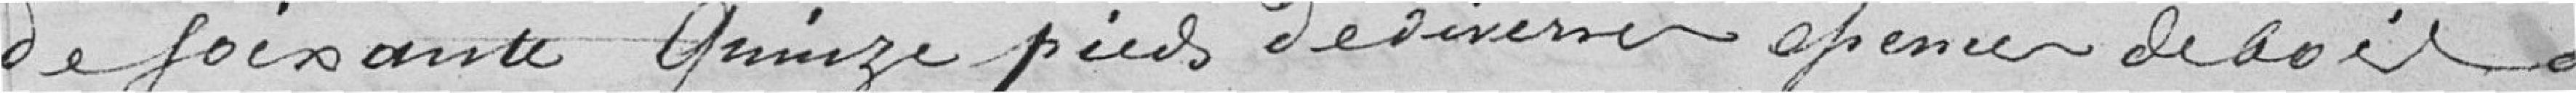
de soixante quinze pieds de diverses essences de bois